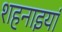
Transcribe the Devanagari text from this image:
शहनाइयां